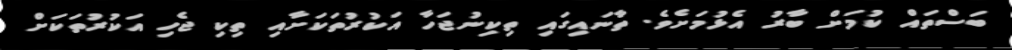
ބަސްތައް ކުމަށް ބާރު އެޅުމަށެވެ. ތާނައިގައި ތިކިނުޖަހާ އަކުރުތަކަށާއި ތިކި ޖެހި އަކުރުތަކަށް